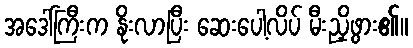
အဒေါ်ကြီးက နိုးလာပြီး ဆေးပေါ့လိပ် မီးညှိဖွား၏။